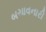
બચાવનારી